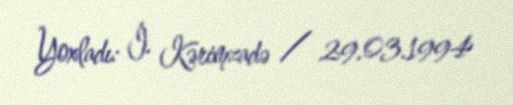
Yoxladı: İ. Kərimzadə / 29.03.1994